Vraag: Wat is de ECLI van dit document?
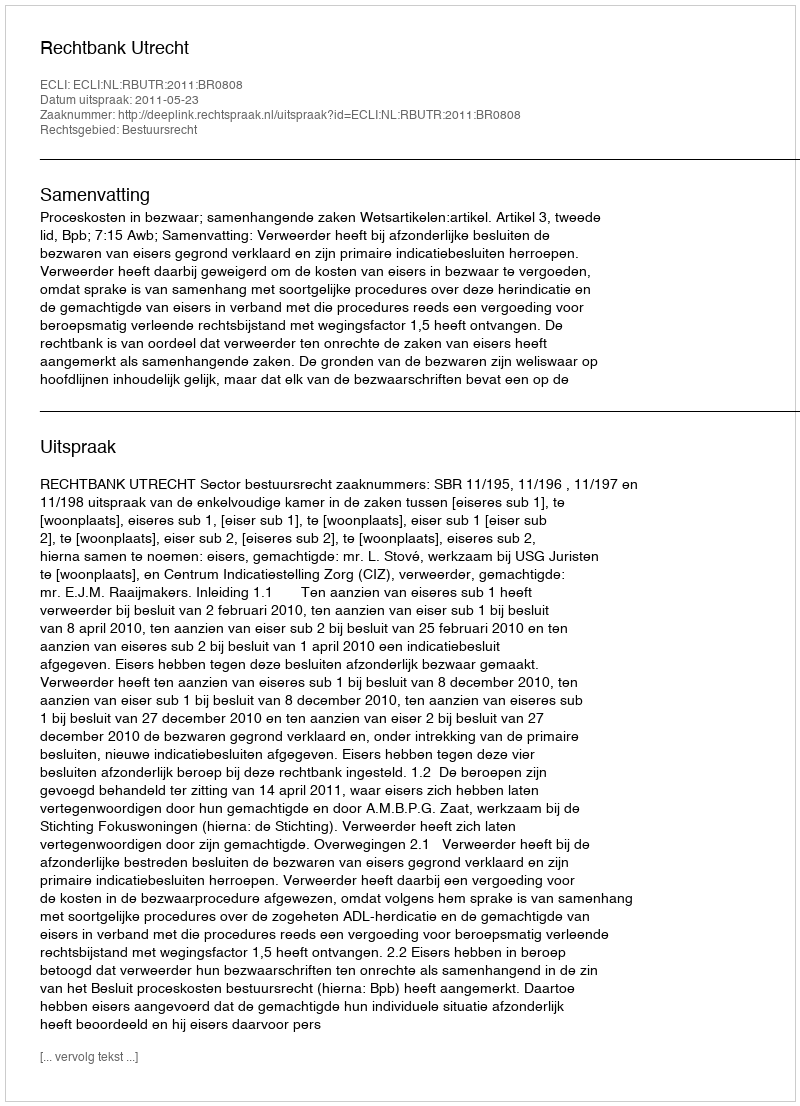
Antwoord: ECLI:NL:RBUTR:2011:BR0808